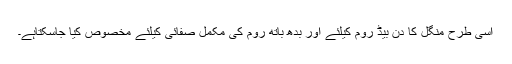
اسی طرح منگل کا دن بیڈ روم کیلئے اور بدھ باتھ روم کی مکمل صفائی کیلئے مخصوص کیا جاسکتاہے۔